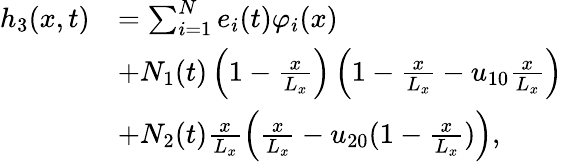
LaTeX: \begin{array}{rl}{h_{3}(x,t)}&{=\sum_{i=1}^{N}e_{i}(t)\varphi_{i}(x)}\\ &{+N_{1}(t)\left(1-\frac{x}{L_{x}}\right)\left(1-\frac{x}{L_{x}}-u_{10}\frac{x}{L_{x}}\right)}\\ &{+N_{2}(t)\frac{x}{L_{x}}\left(\frac{x}{L_{x}}-u_{20}(1-\frac{x}{L_{x}})\right),}\end{array}